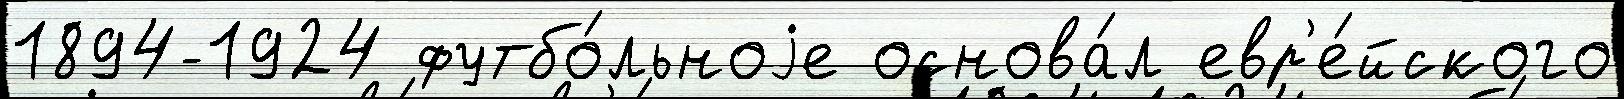
1894-1924 футбо́льноjе основа́л евр'е́йского